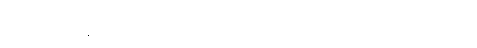
ဣမိနာ၊ ဤဘန္တတ္တံ စိတ္တဿဟူသော ပါဌ်ဖြင့်။ ဧကာရမဏသ္မိံယေဝ၊ တစ်ခုတည်းသော